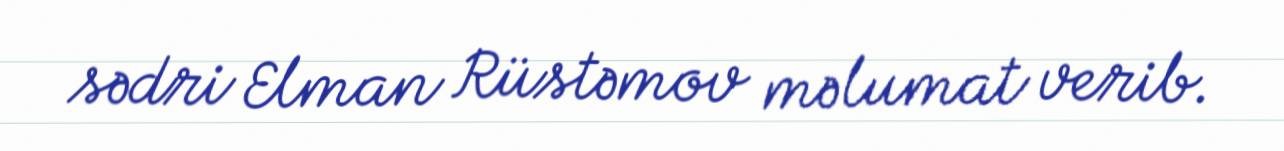
sədri Elman Rüstəmov məlumat verib.